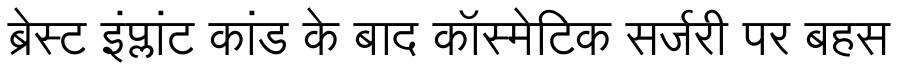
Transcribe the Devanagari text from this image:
ब्रेस्ट इंप्लांट कांड के बाद कॉस्मेटिक सर्जरी पर बहस